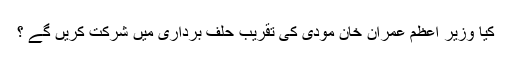
کیا وزیر اعظم عمران خان مودی کی تقریب حلف برداری میں شرکت کریں گے ؟